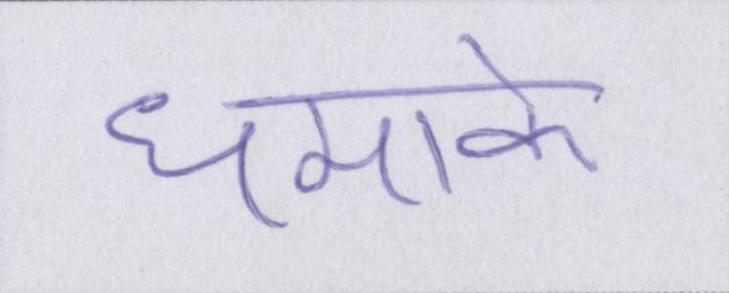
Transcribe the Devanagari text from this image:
धमाके